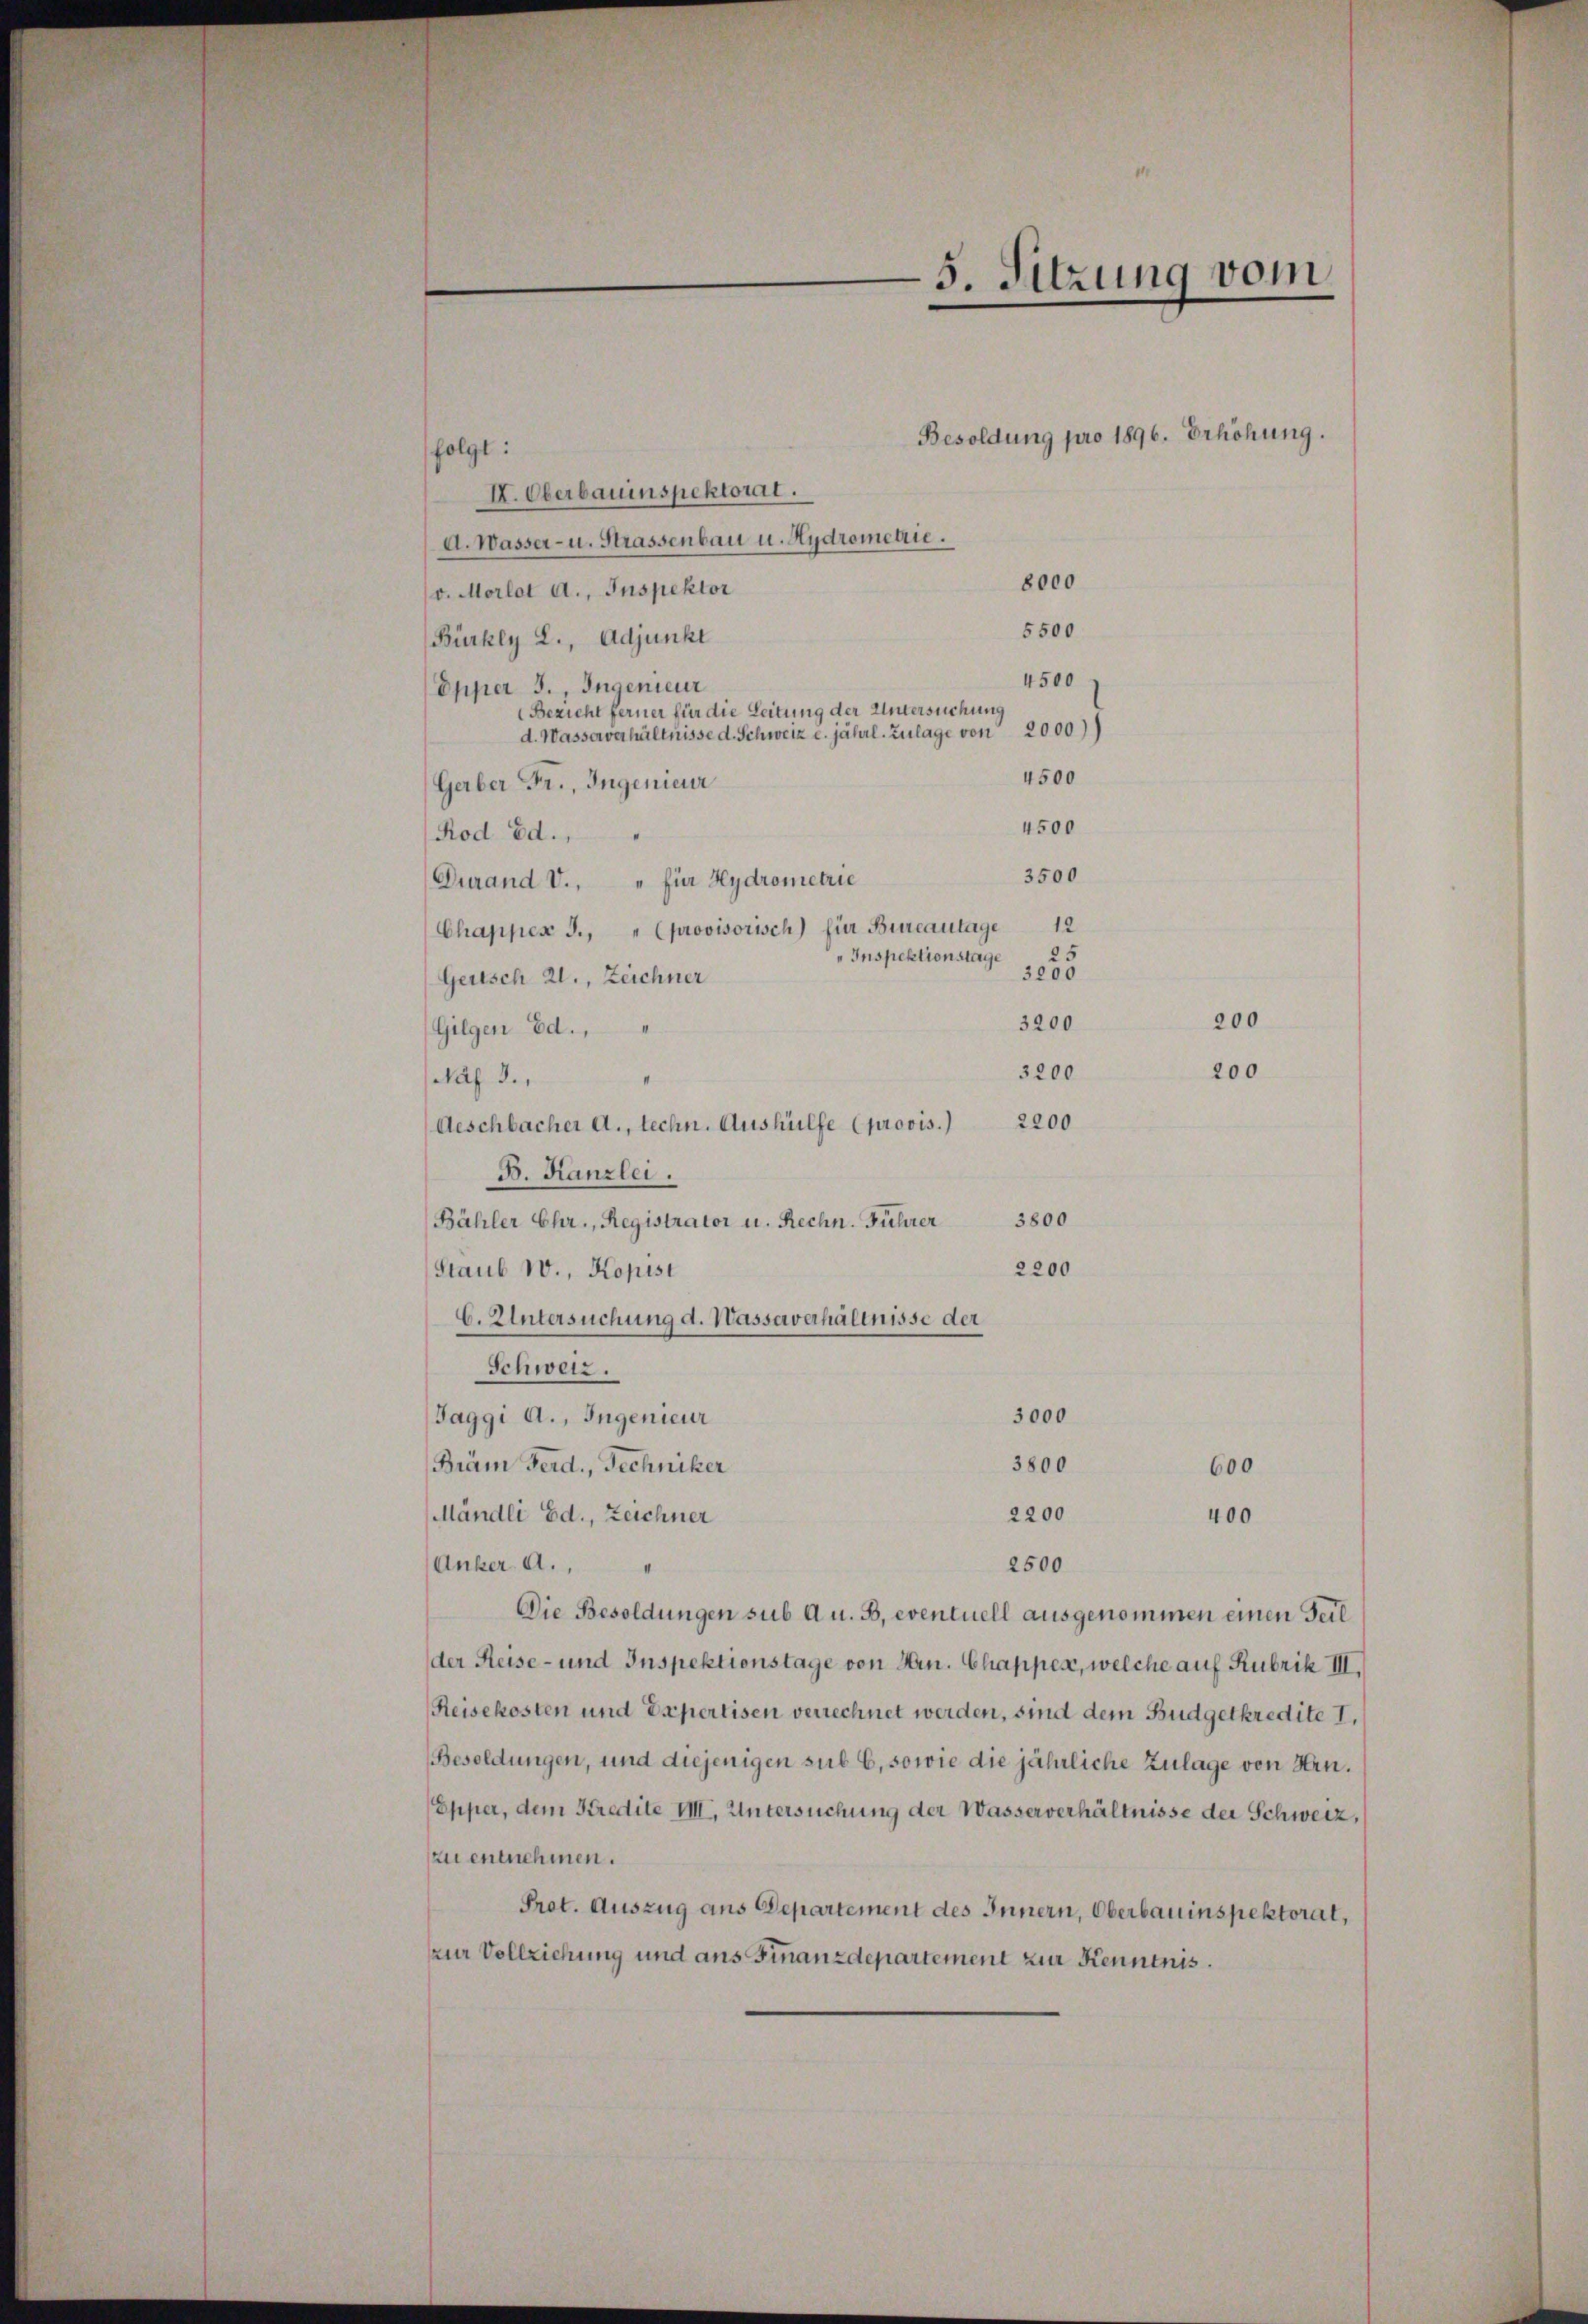
folgt:
I. Oberbauinspektorat.
d. Wasser- u. Strassenbau u. Hydromenie.
8000
v. Morlot a., Inspektor
5500
Bürkey L., Adjunkt
4500
Opper 3., Ingenieur
Bezieht ferner für die Leitung der Untersuchung
d. Wasserverhältnisse d. Schweiz c. jährl. Zulage von 2000)
4500
Gerber Fr., Ingenieur
4500
Rod Ed.
3500
Durand V., " für Hydrometrie
Chapper J., " (provisorisch) für Bureautage 12
" Inspektionstage 25
3200
Gertsch 21., Zeichner
3200
(Gilgen Ed.
3200
Nah 3.,
2200
Aeschbacher A., techn. Aushülfe (provis.)
B. Kanzlei.
3800
Bähler Ehr., Registrator u. Rechn. Führer
2200
Staub 1., Kopist
C. Untersuchung d. Wasserverhältnisse der
Schweiz.
3000
Jaggi A., Ingenieur
3800
Bräm Ferd., Techniker
600
2200
Mändli Ed., Zeichner
400
2500
Anker A.,
Die Besoldungen sub A u. B, eventuell ausgenommen einen Teil
der Reise- und Inspektionstage von Hrn. Chappes, welche auf Rubrik III.
Reisekosten und Expertisen verrechnet werden, sind dem Budgetkredite I,
Besoldungen, und diejenigen sub 6, sowie die jährliche Zulage von Hrn.
Epper, dem Kredite VIII, Untersuchung der Wasserverhältnisse der Schweiz,
zu entnehmen.
Prot. Auszug aus Departement des Innern, Oberbauinspektorat,
zur Vollziehung und aus Finanzdepartement zur Kenntnis.

5. Sitzung vom

Besoldung pro 1896. Erhöhung.

200
200